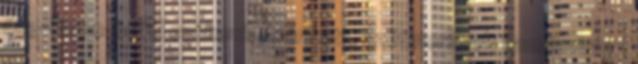
dkg-hoz 2 és fél evőkanál szárított, szétmorzsolt kamillavirág 1